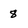
Character: 8